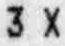
3 X